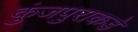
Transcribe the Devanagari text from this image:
कुंजपुराकडे